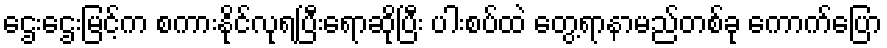
ဌေးဌေးမြင့်က စကားနိုင်လုရပြီးရောဆိုပြီး ပါးစပ်ထဲ တွေ့ရာနာမည်တစ်ခု ကောက်ပြော